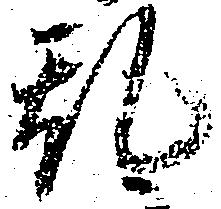
乱